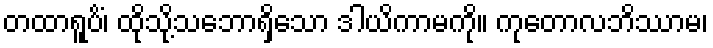
တထာရူပိံ၊ ထိုသို့သဘောရှိသော ဒါယိကာမကို။ ကုတောလဘိဿာမ၊